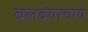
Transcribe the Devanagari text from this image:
बलदेवाचार्य